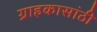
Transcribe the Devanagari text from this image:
ग्राहकासांठी